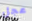
عجل